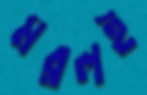
মরলই